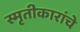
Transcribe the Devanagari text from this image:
स्मृतीकारांचे